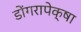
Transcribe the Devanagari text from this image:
डोंगरापेक्षा